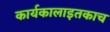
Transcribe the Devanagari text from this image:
कार्यकालाइतकाच